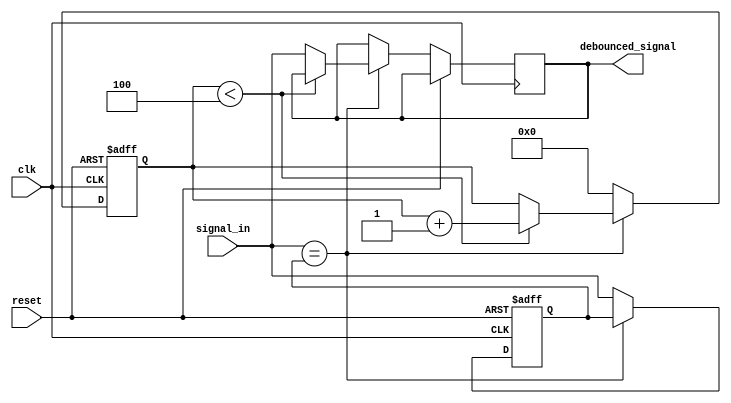
module debounce_circuit (
    input clk,
    input reset,
    input signal_in,
    output reg debounced_signal
);

parameter debounce_cycles = 5;

reg [debounce_cycles-1:0] counter;
reg prev_signal;

always @(posedge clk or posedge reset) begin
    if (reset) begin
        counter <= 0;
        prev_signal <= 0;
    end else begin
        if (signal_in == prev_signal) begin
            if (counter < debounce_cycles - 1) begin
                counter <= counter + 1;
            end else begin
                debounced_signal <= signal_in;
            end
        end else begin
            counter <= 0;
            prev_signal <= signal_in;
        end
    end
end

endmodule